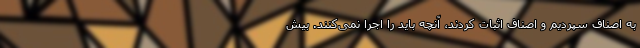
به اصناف سپردیم و اصناف اثبات کردند، آنچه باید را اجرا نمی‌کنند. بیش